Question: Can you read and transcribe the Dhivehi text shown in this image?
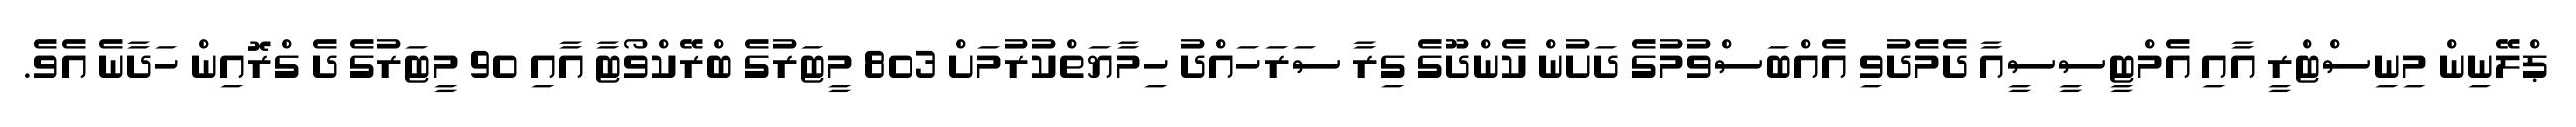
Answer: ޕްލޭނިން މިނިސްޓްރީ އާއި އެމްޓީސީސީއާ ދެމެދުވި އެއްބަސްވުމުގެ ދަށުން ކެންދޫގެ ގިރާ ސަރަހައްދު ހިމާޔަތްކުރުމަށް 803 މީޓަރުގެ ބްރޭކްވޯޓާ އާއި 90 މީޓަރުގެ ދެ ގްރޮއިން ހަދާނެ އެވެ.